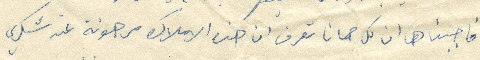
فاجبناها ان كل حمانا تعرف ان هذه الأملاك مرهونة عند شكري